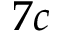
7 c